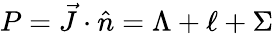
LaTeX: P=\vec{J}\cdot\hat{n}=\Lambda+\ell+\Sigma